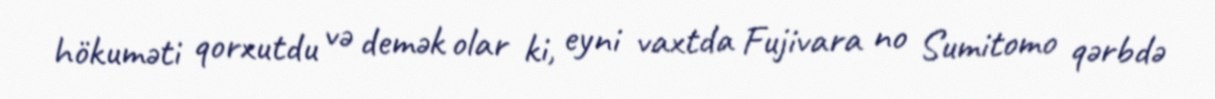
hökuməti qorxutdu və demək olar ki, eyni vaxtda Fujivara no Sumitomo qərbdə